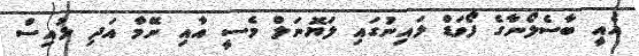
އެއީ ބާސެލޯނާގެ ފޯވަޑް ލައިނުގައި ލަޔޮނަލް މެސީ އާއި ނޭމާ އަދި ލުއިސް